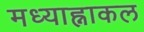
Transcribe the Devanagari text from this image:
मध्याह्नाकल